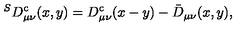
^ S D _ { \mu \nu } ^ { \mathrm { c } } ( x , y ) = D _ { \mu \nu } ^ { \mathrm { c } } ( x - y ) - \bar { D } _ { \mu \nu } ( x , y ) ,